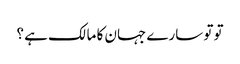
تو تو سارے جہان کا مالک ہے ؟